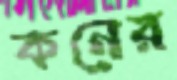
কনের